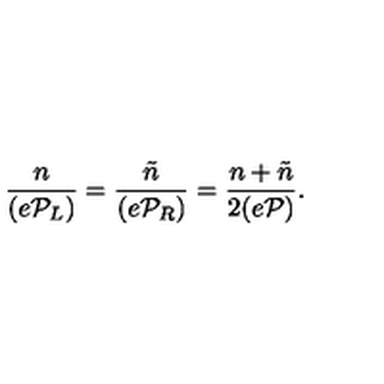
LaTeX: \frac { n } { ( e { \cal P } _ { L } ) } = \frac { \tilde { n } } { ( e { \cal P } _ { R } ) } = \frac { n + \tilde { n } } { 2 ( e { \cal P } ) } .